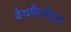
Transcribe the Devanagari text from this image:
पेथफैलेट्स